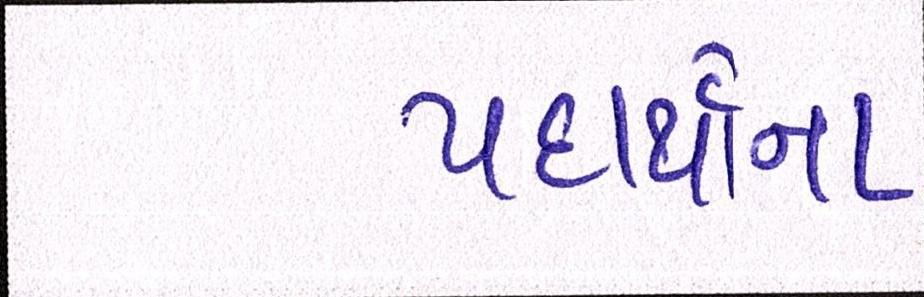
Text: પદાર્થોના